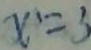
x = 3